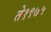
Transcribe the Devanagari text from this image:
ते१९७५